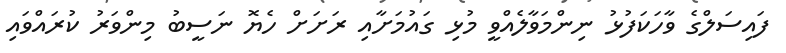
ފައިސަލްގެ ވާހަކަފުޅު ނިންމަވާލެއްވީ މުޅި ގައުމަށާއި ރަށަށް ހެޔޮ ނަސީބު މިންވަރު ކުރައްވައި